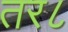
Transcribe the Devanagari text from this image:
तर८